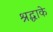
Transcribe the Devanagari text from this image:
श्रद्धाके